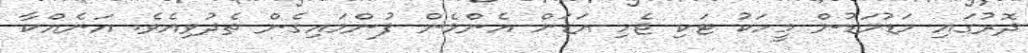
ދޮރުގައި މަޑުމަޑުން މީހަކު ޓަކި ޖެހި އަޑަށް އެންމެން ފުންމައިގެން ތެދުވިއެވެ. އަނެއްކާ